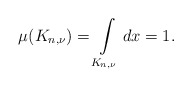
\begin{align*}\mu(K_{n,\nu})=\int\limits_{K_{n,\nu}}dx=1.\end{align*}